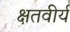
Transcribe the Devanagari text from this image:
क्षतवीर्य